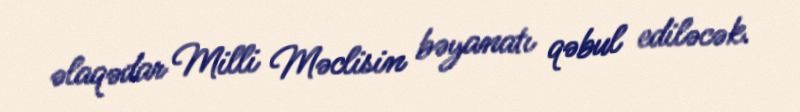
əlaqədar Milli Məclisin bəyanatı qəbul ediləcək.